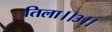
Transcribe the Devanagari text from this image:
तिला।।३।।